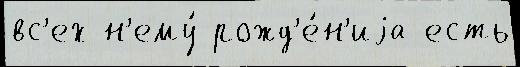
вс'ех н'ему́ рожд'е́н'иjа есть